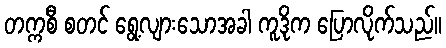
တက္ကစီ စတင် ရွေ့လျားသောအခါ ကူဒိုက ပြောလိုက်သည်။